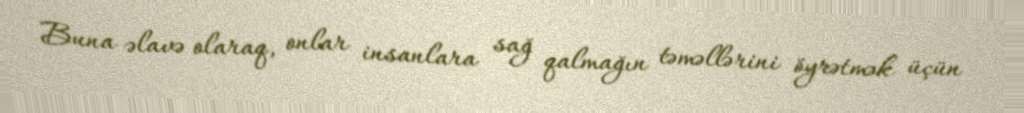
Buna əlavə olaraq, onlar insanlara sağ qalmağın təməllərini öyrətmək üçün